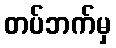
တပ်ဘက်မှ